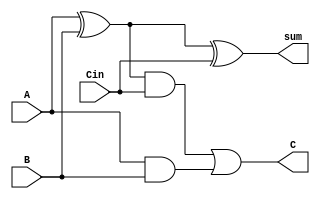
module FullAdder(A,B,Cin,sum,C);                                                                            
input A,B,Cin;
output sum,C;

assign sum = A ^ B ^ Cin;
assign C = ((A ^ B)&Cin) | (A&B);
	
endmodule